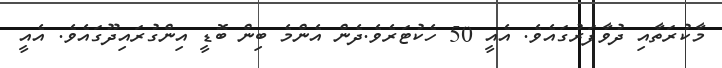
މާކުރަތާއި ދުވާފަރުގައެވެ. އެއީ 50 ހެކުޓަރެވެ.ދެން އެންމެ ބިން ބޮޑީ އިންގުރައިދޫގައެވެ. އެއީ